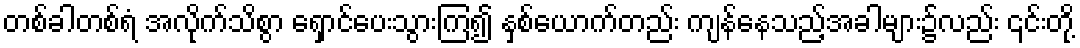
တစ်ခါတစ်ရံ အလိုက်သိစွာ ရှောင်ပေးသွားကြ၍ နှစ်ယောက်တည်း ကျန်နေသည့်အခါများ၌လည်း ၎င်းတို့